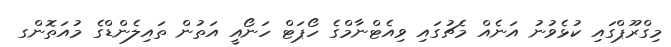
މިގްރޫޕްގައި ކުޅެވުނު އަނެއް މެޗުގައި ވިއެޓްނާމްގެ ހޯޕަޓް ހަނޯއީ އަތުން ތައިލެންޑްގެ މުއަތޮންގ